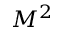
M ^ { 2 }